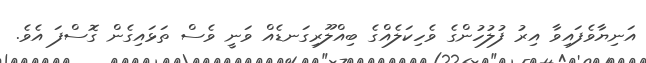
އަނިޔާވެފައިވާ އިރު ފުލުހުންގެ ވެހިކަލެއްގެ ބިއްލޫރިގަނޑެއް ވަނީ ވެސް ތަޅައިގެން ގޮސްފަ އެވެ.